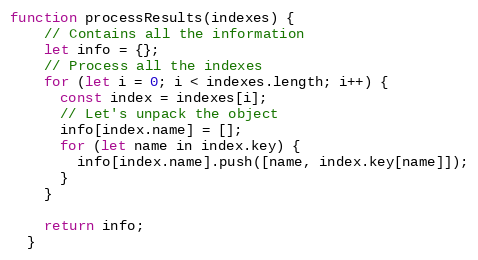
Language: JavaScript
function processResults(indexes) {
    // Contains all the information
    let info = {};
    // Process all the indexes
    for (let i = 0; i < indexes.length; i++) {
      const index = indexes[i];
      // Let's unpack the object
      info[index.name] = [];
      for (let name in index.key) {
        info[index.name].push([name, index.key[name]]);
      }
    }

    return info;
  }